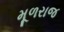
મૂળરાજ